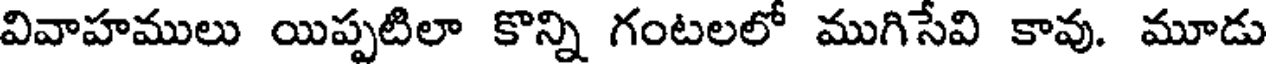
వివాహములు యిప్పటిలా కొన్ని గంటలలో ముగిసేవి కావు. మూడు